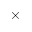
\times